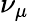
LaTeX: \nu_{\mu}